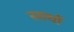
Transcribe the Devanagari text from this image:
साथों